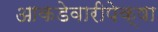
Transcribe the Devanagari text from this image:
आकडेवारीपेक्षा